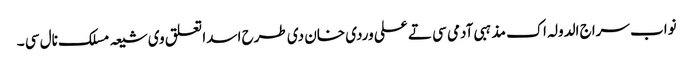
نواب سراج الدولہ اک مذہبی آدمی سی تے علی وردی خان دی طرح اسدا تعلق وی شیعہ مسلک نال سی ۔